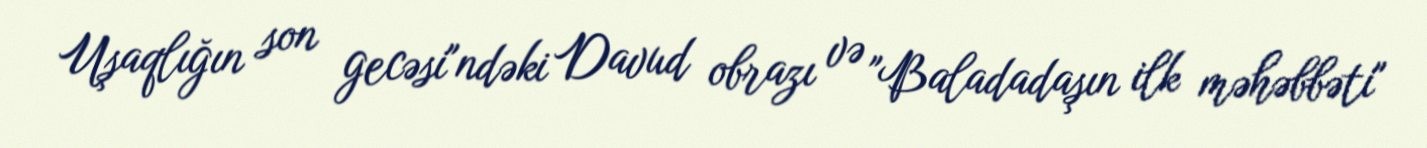
Uşaqlığın son gecəsi"ndəki Davud obrazı və "Baladadaşın ilk məhəbbəti"